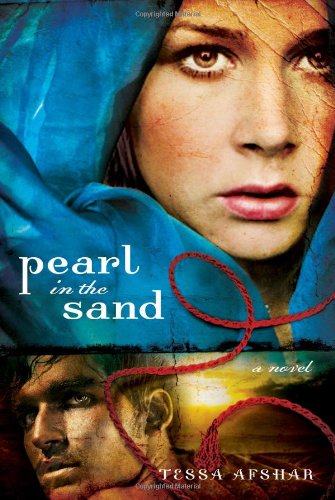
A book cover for Pearl in the Sand: A Novel; Tessa Afshar; Literature & Fiction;